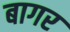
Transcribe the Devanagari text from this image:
बागर